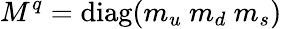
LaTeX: M^{q}=\mathrm{{diag}}(m_{u}\ m_{d}\ m_{s})